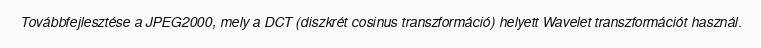
Továbbfejlesztése a JPEG2000, mely a DCT (diszkrét cosinus transzformáció) helyett Wavelet transzformációt használ.